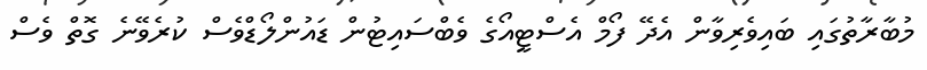
މުބާރާތުގައި ބައިވެރިވާން އެދޭ ފޯމް އެސްޓީއޯގެ ވެބްސައިޓުން ޑައުންލޯޑްވެސް ކުރެވޭނެ ގޮތް ވެސް